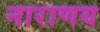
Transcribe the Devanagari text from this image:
नाराणय